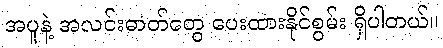
အပူနဲ့ အလင်းဓာတ်တွေ ပေးထားနိုင်စွမ်း ရှိပါတယ်။